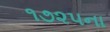
૧૭૨૫ના